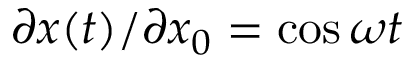
\partial x ( t ) / \partial x _ { 0 } = \cos \omega t